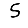
Digit: 5